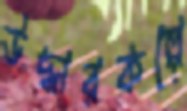
উদ্ধারকল্পে